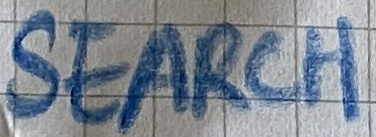
Text: SEARCH